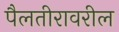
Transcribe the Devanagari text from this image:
पैलतीरावरील